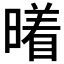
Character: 𰖭